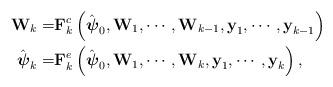
LaTeX: \begin{align*}\textbf{W}_k = &\textbf{F}_{k}^c\left(\hat {\boldsymbol{\psi}}_0,\textbf{W}_{1},\cdots,\textbf{W}_{k-1}, \textbf{y}_1,\cdots,\textbf{y}_{k-1}\right)\\\hat{\boldsymbol{\psi}}_k =& \textbf{F}_{k}^e\left(\hat {\boldsymbol{\psi}}_0,\textbf{W}_{1},\cdots,\textbf{W}_{k}, \textbf{y}_1,\cdots,\textbf{y}_{k}\right),\end{align*}